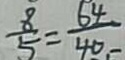
\frac { 8 } { 5 } = \frac { 6 4 } { 4 0 - }